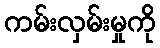
ကမ်းလှမ်းမှုကို